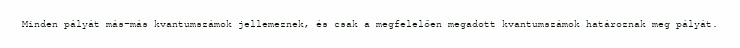
Minden pályát más-más kvantumszámok jellemeznek, és csak a megfelelően megadott kvantumszámok határoznak meg pályát.